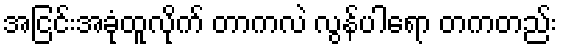
အငြင်းအခုံထူလိုက် တာကလဲ လွန်ပါရော တကတည်း